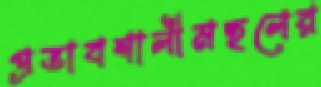
প্রভাবশালীমহলের